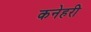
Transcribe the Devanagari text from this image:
कनेहरी